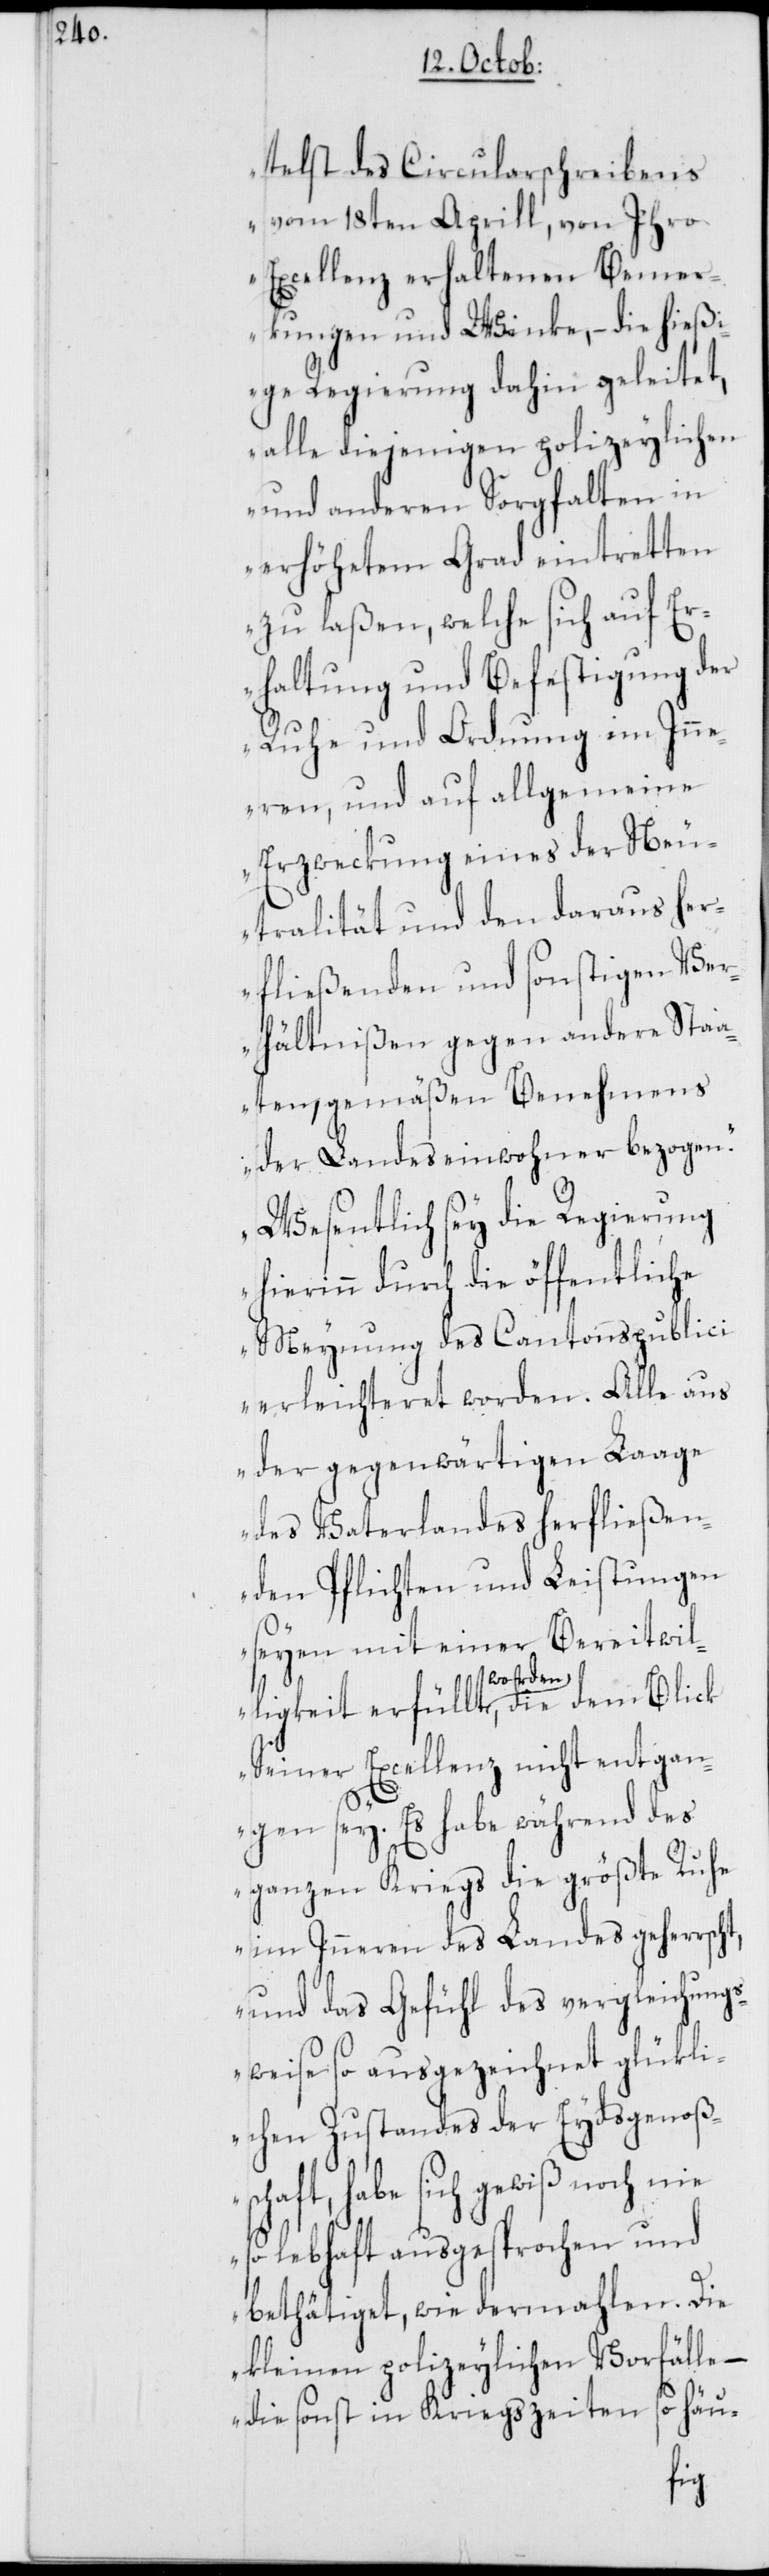
telst des Circularschreibens
vom 18ten Aprill, von Ihro
Excellenz erhaltenen Bemer¬
kungen und Winke, – die hieß¬
ige Regierung dahin geleitet,
alle diejenigen polizeylichen
und anderen Sorgfalten in
erhöhetem Grad eintretten
zu laßen, welche sich auf Er¬
haltung und Befestigung der
Ruhe und Ordnung im Inne¬
ren, und auf allgemeine
Erzweckung eines der Neu¬
tralität und den daraus her¬
fließenden und sonstigen Ver¬
hältnißen gegen andere Staa¬
ten, gemäßen Benehmens
der Landeseinwohner bezogen.
Wesentlich sey die Regierung
hierinn durch die öffentliche
Meynung des Cantonspublici
erleichteret worden. Alle aus
der gegenwärtigen Laage
des Vaterlandes herfließen¬
den Pflichten und Leistungen
seyen mit einer Bereitwil¬
ligkeit erfüllt worden, die dem Blick
Seiner Excellenz nicht entgan¬
gen sey. Es habe während des
ganzen Kriegs die größte Ruhe
im Inneren des Landes geherrscht,
und das Gefühl des vergleichungs¬
weise so ausgezeichnet glükli¬
chen Zustandes der Eydsgenoßsc¬
haft, habe sich gewiß noch nie
so lebhaft ausgesprochen und
bethätiget, wie dermahlen. Die
kleinen polizeylichen Vorfälle –
häu-
die sonst in Kriegszeiten